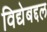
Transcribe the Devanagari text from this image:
विद्येबद्दल